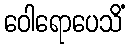
ဝေါရောပေသိံ